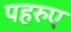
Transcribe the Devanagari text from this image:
पहरुए